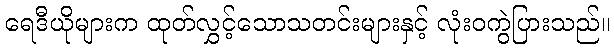
ရေဒီယိုများက ထုတ်လွှင့်သောသတင်းများနှင့် လုံးဝကွဲပြားသည်။